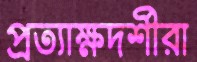
প্রত্যাক্ষদর্শীরা